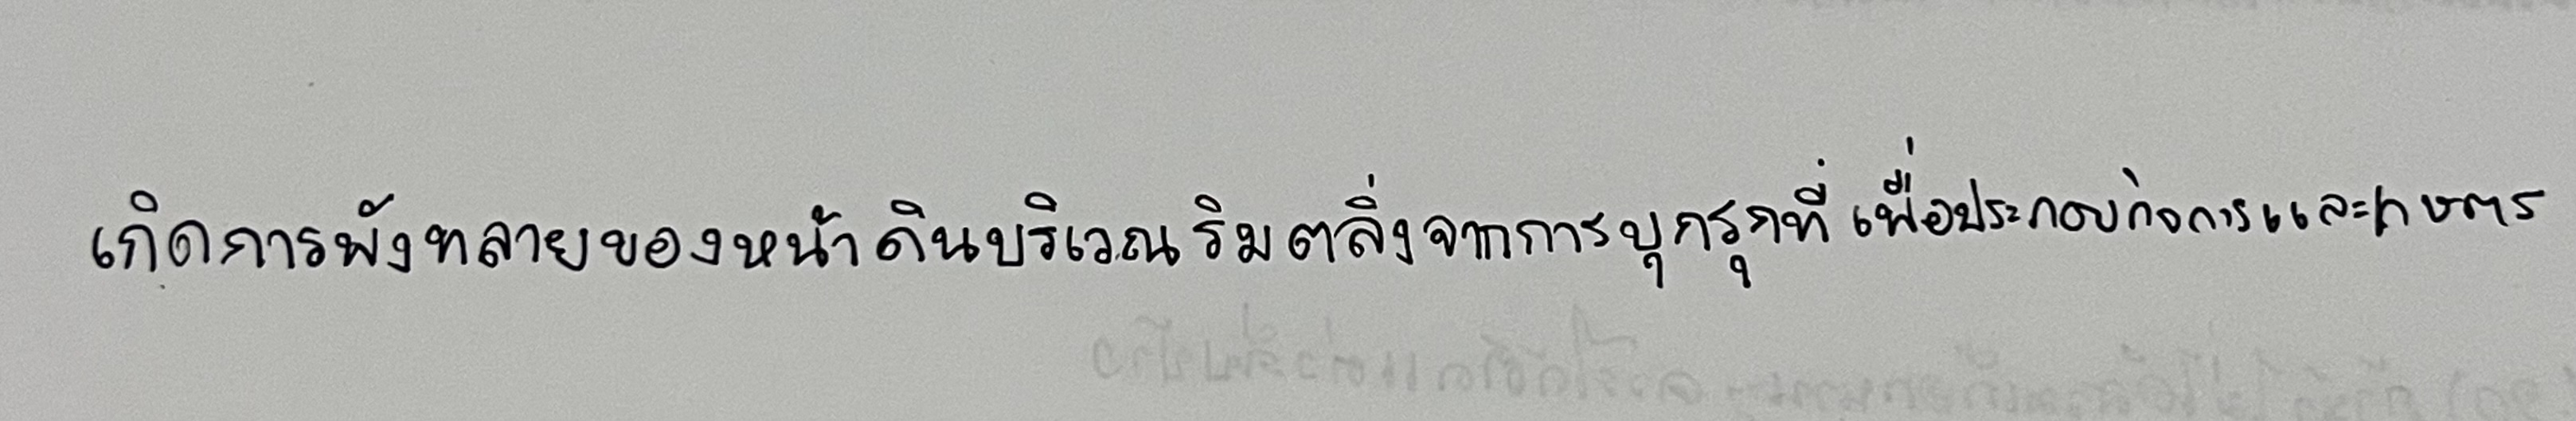
เกิดการพังทลายของหน้าดินบริเวณริมตลิ่งจากการบุกรุกที่เพื่อประกอบกิจการธุรกิจและการเกษตร